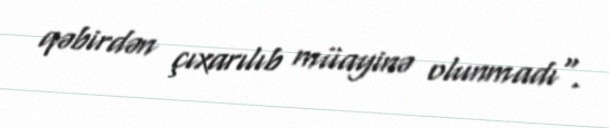
qəbirdən çıxarılıb müayinə olunmadı".